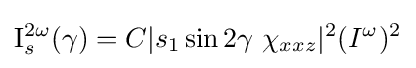
\mathrm {I} _{s}^{2\omega }(\gamma )=C|s_{1}\sin {2\gamma }\ \chi _{xxz}|^{2}(I^{\omega })^{2}